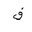
Letter: _fa